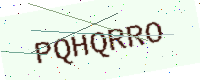
Text: PQHQRRO